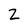
Character: Z